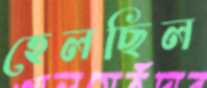
হেলছিল